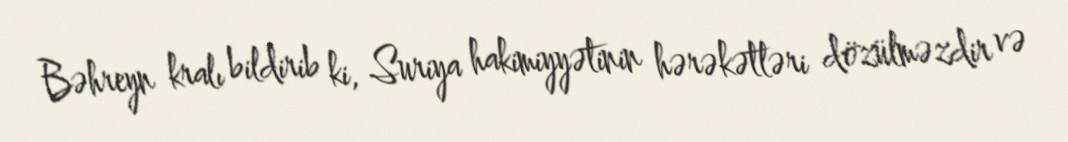
Bəhreyn kralı bildirib ki, Suriya hakimiyyətinin hərəkətləri dözülməzdir və